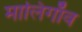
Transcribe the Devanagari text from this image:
मालिगाँव